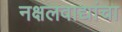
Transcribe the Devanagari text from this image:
नक्षलवाद्यांचा